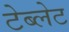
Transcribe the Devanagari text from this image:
टेब्लेट